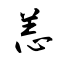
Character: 恙